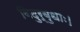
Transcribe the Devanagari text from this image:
विदुर्बुधाः।